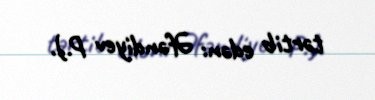
tərtib edən: Əfəndiyev P.).